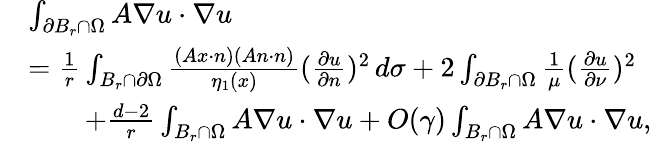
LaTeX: \begin{array}{r}{\begin{array}{rl}&{\int_{\partial B_{r}\cap\Omega}A\nabla u\cdot\nabla u}\\ &{=\frac{1}{r}\int_{B_{r}\cap\partial\Omega}\frac{(Ax\cdot n)(An\cdot n)}{\eta_{1}(x)}(\frac{\partial u}{\partial n})^{2}\, d\sigma+2\int_{\partial B_{r}\cap\Omega}\frac{1}{\mu}(\frac{\partial u}{\partial\nu})^{2}}\\ &{\qquad+\frac{d-2}{r}\int_{B_{r}\cap\Omega}A\nabla u\cdot\nabla u+O(\gamma)\int_{B_{r}\cap\Omega}A\nabla u\cdot\nabla u,}\end{array}}\end{array}